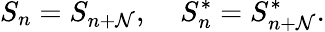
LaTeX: S_{n}=S_{n+\mathcal{N}},\; \; \; \; S_{n}^{*}=S_{n+\mathcal{N}}^{*}.